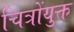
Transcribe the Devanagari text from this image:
चित्रोंयुक्त